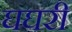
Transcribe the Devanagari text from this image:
घघरी